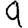
Digit: 9